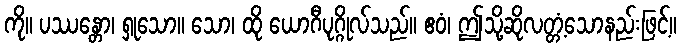
ကို။ ပဿန္တော၊ ရှုသော။ သော၊ ထို ယောဂီပုဂ္ဂိုလ်သည်။ ဧဝံ၊ ဤသို့ဆိုလတ္တံ့သောနည်းဖြင့်။